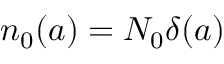
{ { n } _ { 0 } } ( a ) = { N _ { 0 } { \delta } } ( a )